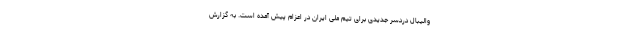
والیبال دردسر جدیدی برای تیم ملی ایران در اعزام پیش آمده است. به گزارش